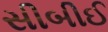
સીબીઈ